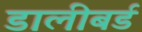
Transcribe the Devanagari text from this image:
डालीबर्ड